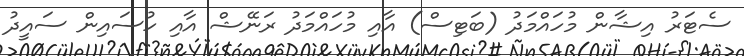
ސެޓަރު އިޝާން މުހައްމަދު (ބަޓިސް) އާއި މުހައްމަދު ރަނޭޝް އާއި ހުސައިން ސައީދު